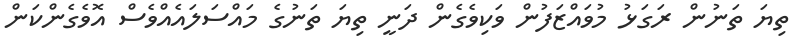
ތިޔަ ތަނުން ރަގަޅު މުވައްޒަފުން ވަކިވެގެން ދަނީ ތިޔަ ތަނުގެ މައްސަލައެއްވެސް އޮވެގެންކަން